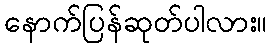
နောက်ပြန်ဆုတ်ပါလား။